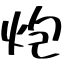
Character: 炮